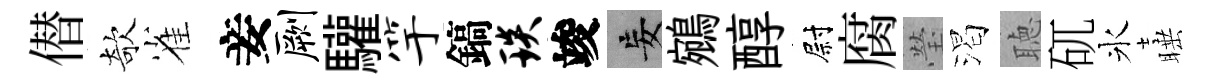
僣欹雀妾劂驩竽鎬琰竣妄鵷醇尉腐瑩渴聴矹氷睡